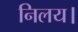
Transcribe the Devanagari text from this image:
निलय।